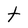
Character: t